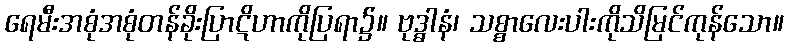
ရေမီးအစုံအစုံတန်ခိုးပြာဋိဟာကိုပြရာ၌။ ဗုဒ္ဓါနံ၊ သစ္စာလေးပါးကိုသိမြင်ကုန်သော။